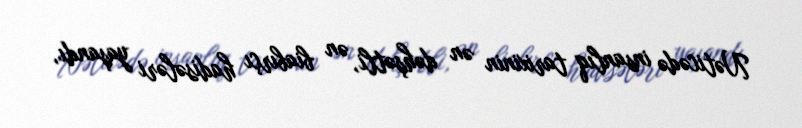
Nəticədə insanlıq tarixinin ən dəhşətli, ən biabırçı hadisələri yaşandı,